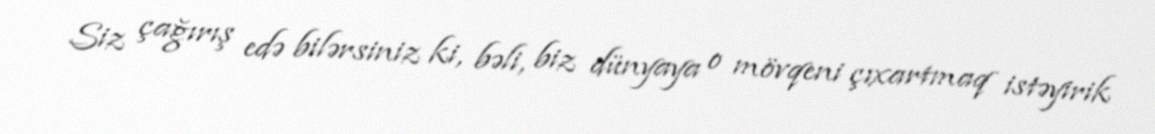
Siz çağırış edə bilərsiniz ki, bəli, biz dünyaya o mövqeni çıxartmaq istəyirik